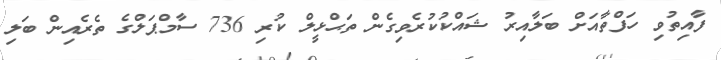
ފާއިތުވި ހަފްތާއަށް ބަލާއިރު ޝައްކުކުރެވިގެން ތަޙްޅީލް ކުރި 736 ސާމްޕަލްގެ ތެެރެއިން ބަލި